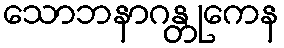
သောဘနာဂန္တုကေန